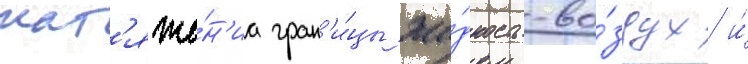
нат'яже́н'иа гран'и́цы жи́дкость-во́здух и́